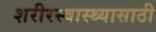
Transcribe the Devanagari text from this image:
शरीरस्वास्थ्यासाठी